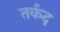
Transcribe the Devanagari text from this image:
तर्कद